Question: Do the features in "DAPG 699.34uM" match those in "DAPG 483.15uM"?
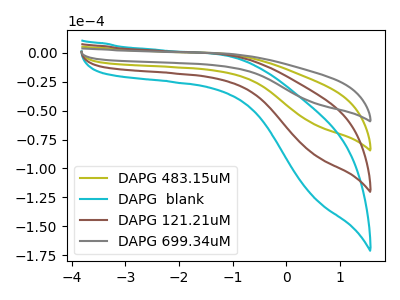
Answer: <think>The olive curve "DAPG 483.15uM" has no peaks. The cyan curve "DAPG  blank" has no peaks. The brown curve "DAPG 121.21uM" has no peaks. The gray curve "DAPG 699.34uM" has no peaks.
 Neither "DAPG 699.34uM" or "DAPG 483.15uM" have any peaks.</think>
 <answer>"DAPG 699.34uM" and "DAPG 483.15uM" are similar in shape.</answer>
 <eval>same_shape</eval>